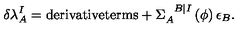
\delta \lambda _ { A } ^ { I } = \mathrm { d e r i v a t i v e t e r m s } + \Sigma _ { A } ^ { \phantom { A } B \vert I } \left( \phi \right) \epsilon _ { B } .